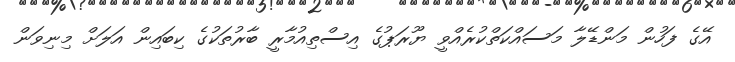
އޭގެ ފަހުން މަންޑޭލާ މަސައްކަތްކުރެއްވީ ޔޫރަޕުގެ އިސްތިއުމާރީ ބާރުތަކުގެ ކިބައިން އަލަށް މިނިވަން